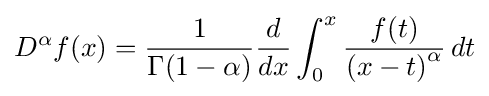
D^{\alpha }f(x)={\frac {1}{\Gamma (1-\alpha )}}{\frac {d}{dx}}\int _{0}^{x}{\frac {f(t)}{\left(x-t\right)^{\alpha }}}\,dt